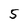
Character: 5